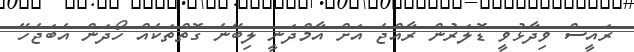
ރައީސް ވިދާޅުވީ ޑޮލަރުން ރާއްޖެ އަށް އާމްދަނީ ލިބޭނެ ގޮތްތަކެއް ހޯދަން އެބަޖެހޭ